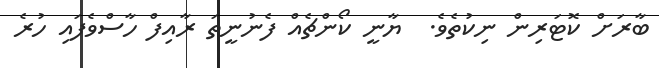
ބާރަށް ކޮޓަރިން ނިކުތެވެ.  ޔާނީ ކޯންޗެއް ފެނުނީތަ ރާއިފް ހާސްވެފައި ހުރެ